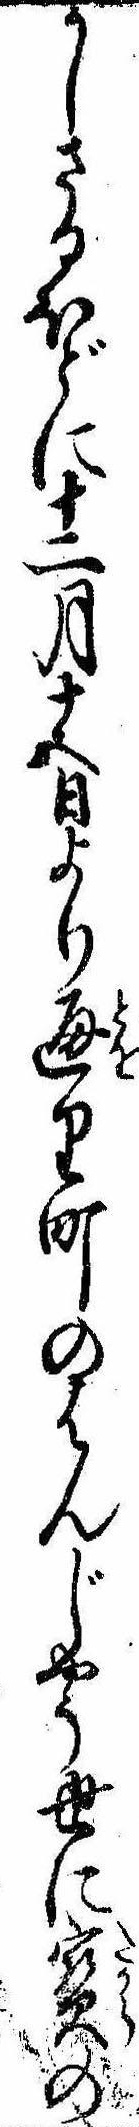
かしさるほどに十二月十五日より通り町のはんじやう世に宝の